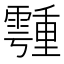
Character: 𩅞